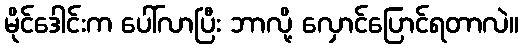
မိုင်ဒေါင်းက ပေါ်လာပြီး ဘာလို့ လှောင်ပြောင်ရတာလဲ။